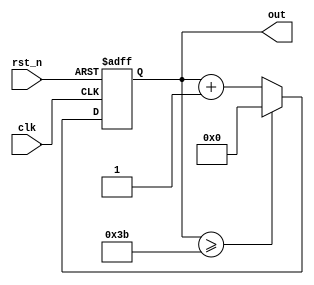
module cnt6( out, clk, rst_n);
  
output [5:0] out ;
input clk ; 
input rst_n ;

reg [5:0] out ;

always @(posedge clk or negedge rst_n)begin
     if(rst_n == 1'b0) begin
       
       out <= 6'd0; 
       
       end else begin 
         if(out >= 6'd59) begin 
           
           out <= 6'd0; 
           
           end else begin
             
             out <= out + 1'b1;
         end
       end
    
end   
   endmodule
   

module nco( clk_gen,
                num,
                clk, 
              rst_n);
              
output  clk_gen;
input [31:0] num ;
input clk ;
input rst_n ;

reg [31:0] cnt ; 
reg clk_gen ; 

always @(posedge clk or negedge rst_n) begin
  if(rst_n == 1'b0) begin 
    
    cnt <= 32'd0 ; 
    clk_gen <= 1'd0; 
    
    end else begin if(cnt >= num/2-1) begin
     cnt <= 32'd0 ; 
     clk_gen <= ~clk_gen; 
     end else begin 
     cnt <= cnt + 1'b1;
   end
 end
 end
 endmodule

 


 
module top_cnt( out,
                 num,
                 clk, 
                 rst_n,
                 );
                 
output [5:0] out ;

input [31:0] num ; 
input clk ; 
input rst_n ;

wire clk_gen ;

nco u_nco( .clk_gen ( clk_gen ),
           .num ( num ), 
           .clk ( clk ), 
           .rst_n ( rst_n ));
           

cnt6 u_cnt6( .out ( out ), 
             .clk ( clk_1hz ), 
             .rst_n ( rst_n ));
             
endmodule